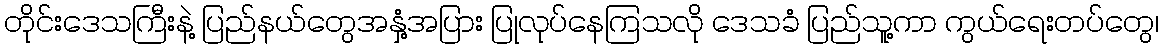
တိုင်းဒေသကြီးနဲ့ ပြည်နယ်တွေအနှံ့အပြား ပြုလုပ်နေကြသလို ဒေသခံ ပြည်သူ့ကာ ကွယ်ရေးတပ်တွေ၊